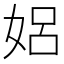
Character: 㛎